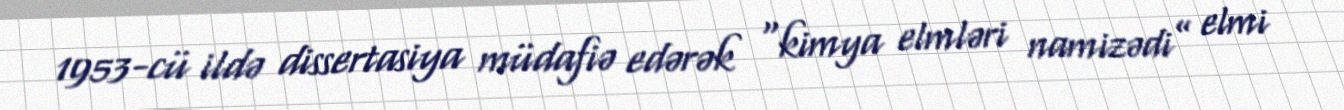
1953-cü ildə dissertasiya müdafiə edərək “kimya elmləri namizədi” elmi